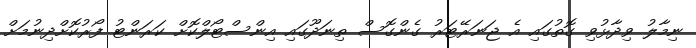
ނިމާލު ވިދާޅުވި ގޮތުގައި އެ ޖަނަރޭޓަރު ގެންގޮސް ތިނަދޫގައި އިންސްޓޯލްކޮށް ކަރަންޓު ފޯރުކޮށްދިނުމަށް